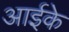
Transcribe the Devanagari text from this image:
आईके